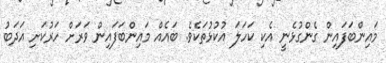
މައިންބަފައިން ގެންގުޅެނީ އެކި ކަހަލަ އުކުޅުތަކެވެ. ބައެއް މައިންބަފައިން ވަރަށް ހަރުކަށި އަދަބު